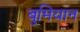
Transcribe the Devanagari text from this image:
बुमियान